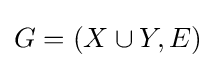
G=(X\cup Y,E)